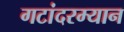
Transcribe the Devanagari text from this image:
गटांदरम्यान